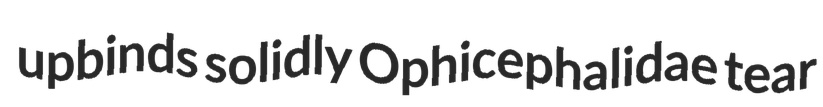
upbinds solidly Ophicephalidae tear